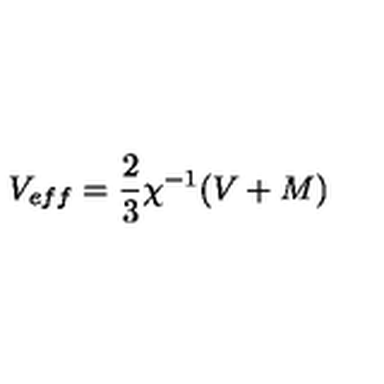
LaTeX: V _ { e f f } = \frac { 2 } { 3 } \chi ^ { - 1 } ( V + M )